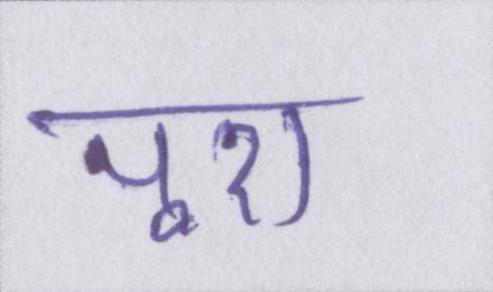
पूरा